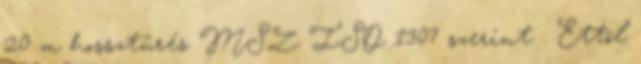
20 m hossztûrés MSZ ISO 1307 szerint . Ettõl